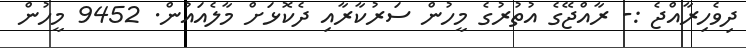
ދިވެހިރާއްޖެ :- ރާއްޖޭގެ އުތުރުގެ މީހުން ސަރުކާރާއި ދެކޮޅަށް މާލެއައުން. 9452 މީހުން